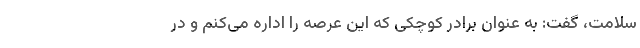
سلامت، گفت: به عنوان برادر کوچکی که این عرصه را اداره می‌کنم و در